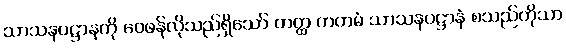
သာသနပဋ္ဌာနကို ဝေဖန်လိုသည်ရှိသော် တတ္ထ ကတမံ သာသနပဋ္ဌာနံ စသည်ကိုသာ